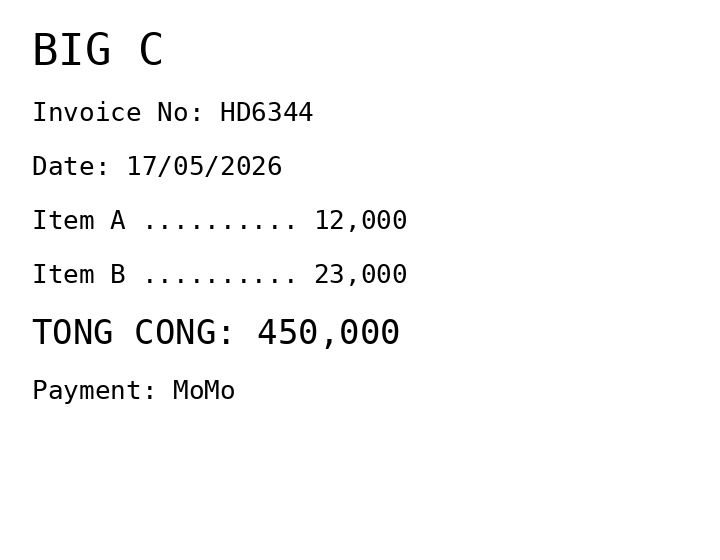
BIG C
Invoice No: HD6344
Date: 17/05/2026
Item A .......... 12,000
Item B .......... 23,000
TONG CONG: 450,000
Payment: MoMo
Merchant: big c
Date: 2026-05-17
Total: 450000
Invoice No: HD6344
Payment method: MOMO